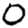
Digit: 0